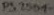
Text: PS2501